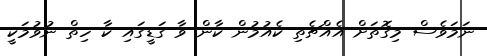
ނަމަވެސް މިގޮތަށް އެއްޗެތި ކެއުމުން ކާން ވާ ގަޑީގައި ކާ ހިތް ނުވުމަކީ